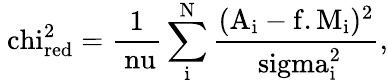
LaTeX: \mathrm{\ chi_{red}^{2}=\frac{1}{\ nu}\sum_{i}^{N}\frac{(A_{i}-f.M_{i})^{2}}{\ sigma_{i}^{2}}},